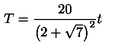
T = { \frac { 2 0 } { \left( 2 + \sqrt { 7 } \right) ^ { 2 } } } t